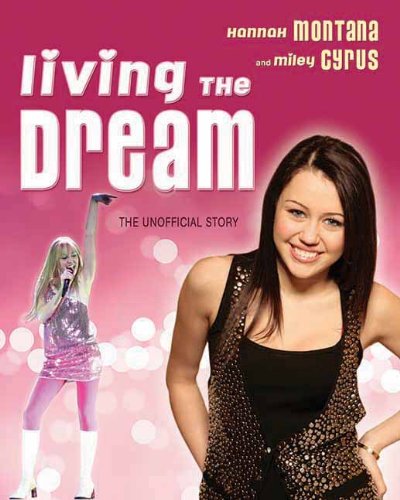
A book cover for Living the Dream: Hannah Montana and Miley Cyrus: The Unofficial Story; Susan Janic; Teen & Young Adult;